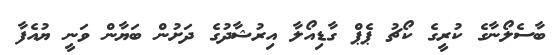
ބާސެލޯނާގެ ކުރީގެ ކޯޗު ޕެޕް ގާޑިއޯލާ އިރުޝާދުގެ ދަށުން ބަޔާން ވަނީ ޔުއެފާ